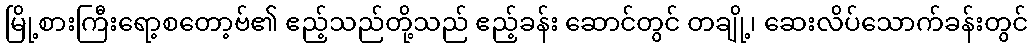
မြို့စားကြီးရော့စတော့ဗ်၏ ဧည့်သည်တို့သည် ဧည့်ခန်း ဆောင်တွင် တချို့၊ ဆေးလိပ်သောက်ခန်းတွင်